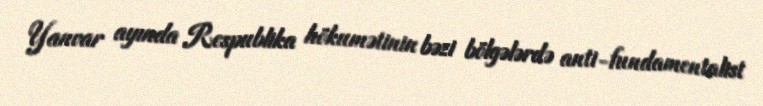
Yanvar ayında Respublika hökumətinin bəzi bölgələrdə anti-fundamentalist